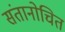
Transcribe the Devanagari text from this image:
संतानोचित